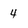
Character: 4